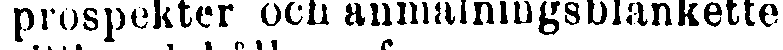
prospekter och anmälningsblankette